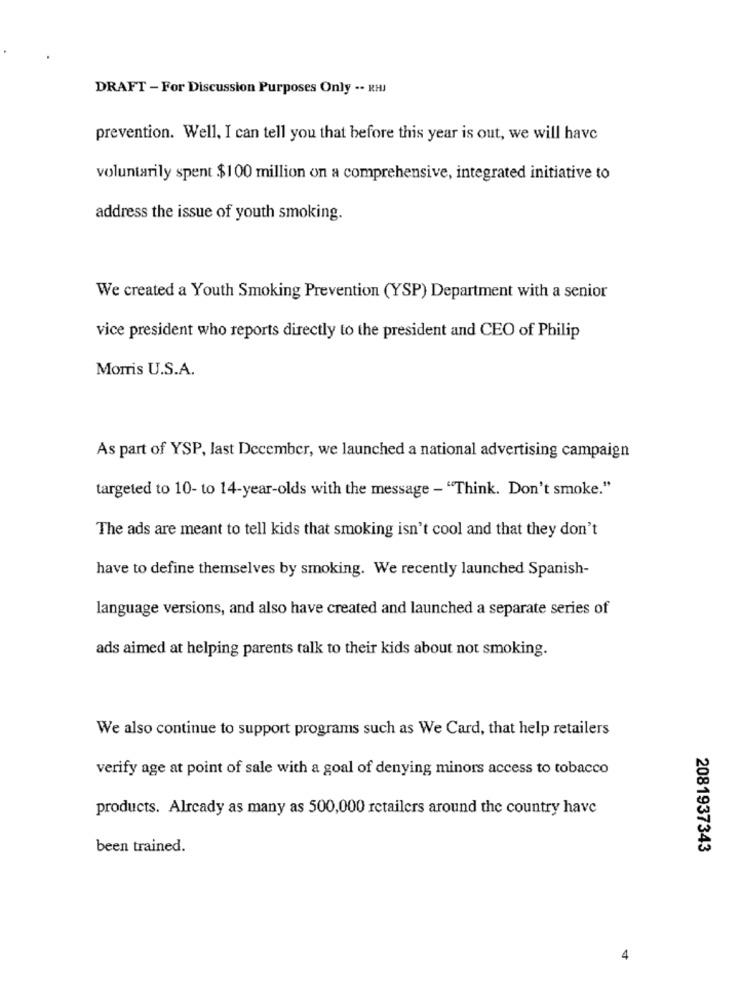
DRAFT - For Discussion Purposes Only -- RHJ
prevention. Well, I can tell you that before this year is out, we will have
voluntarily spent $100 million on a comprehensive, integrated initiative to
address the issue of youth smoking.
We created a Youth Smoking Prevention (YSP) Department with a senior
vice president who reports directly to the president and CEO of Philip
Morris U.S.A.
As part of YSP, last December, we launched a national advertising campaign
targeted to 10- to 14-year-olds with the message - "Think. Don't smoke."
The ads are meant to tell kids that smoking isn't cool and that they don't
have to define themselves by smoking. We recently launched Spanish-
language versions, and also have created and launched a separate series of
ads aimed at helping parents talk to their kids about not smoking.
We also continue to support programs such as We Card, that help retailers
verify age at point of sale with a goal of denying minors access to tobacco
products. Already as many as 500,000 retailers around the country have
been trained.
2081937343
4